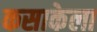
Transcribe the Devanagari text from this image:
कसाकेला